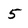
Character: 5